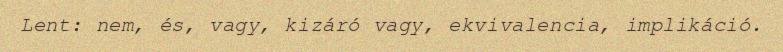
Lent: nem, és, vagy, kizáró vagy, ekvivalencia, implikáció.